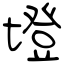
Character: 墱